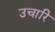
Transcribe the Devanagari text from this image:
उचारि